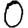
Digit: 0